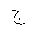
Letter: _gim